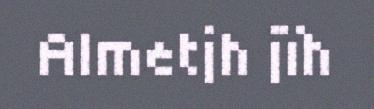
Almetjh jïh